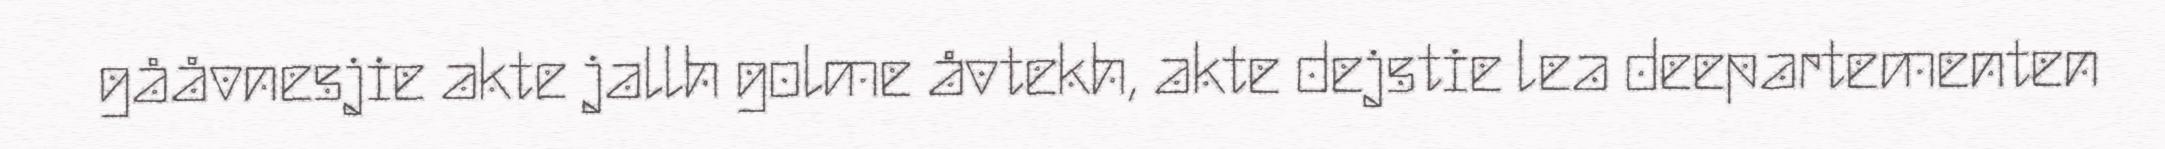
gååvnesjie akte jallh golme åvtekh, akte dejstie lea deepartementen